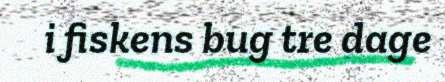
i fiskens bug tre dage